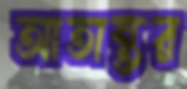
আতান্তর